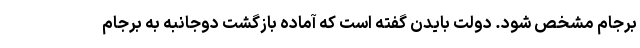
برجام مشخص شود. دولت بایدن گفته است که آماده بازگشت دوجانبه به برجام